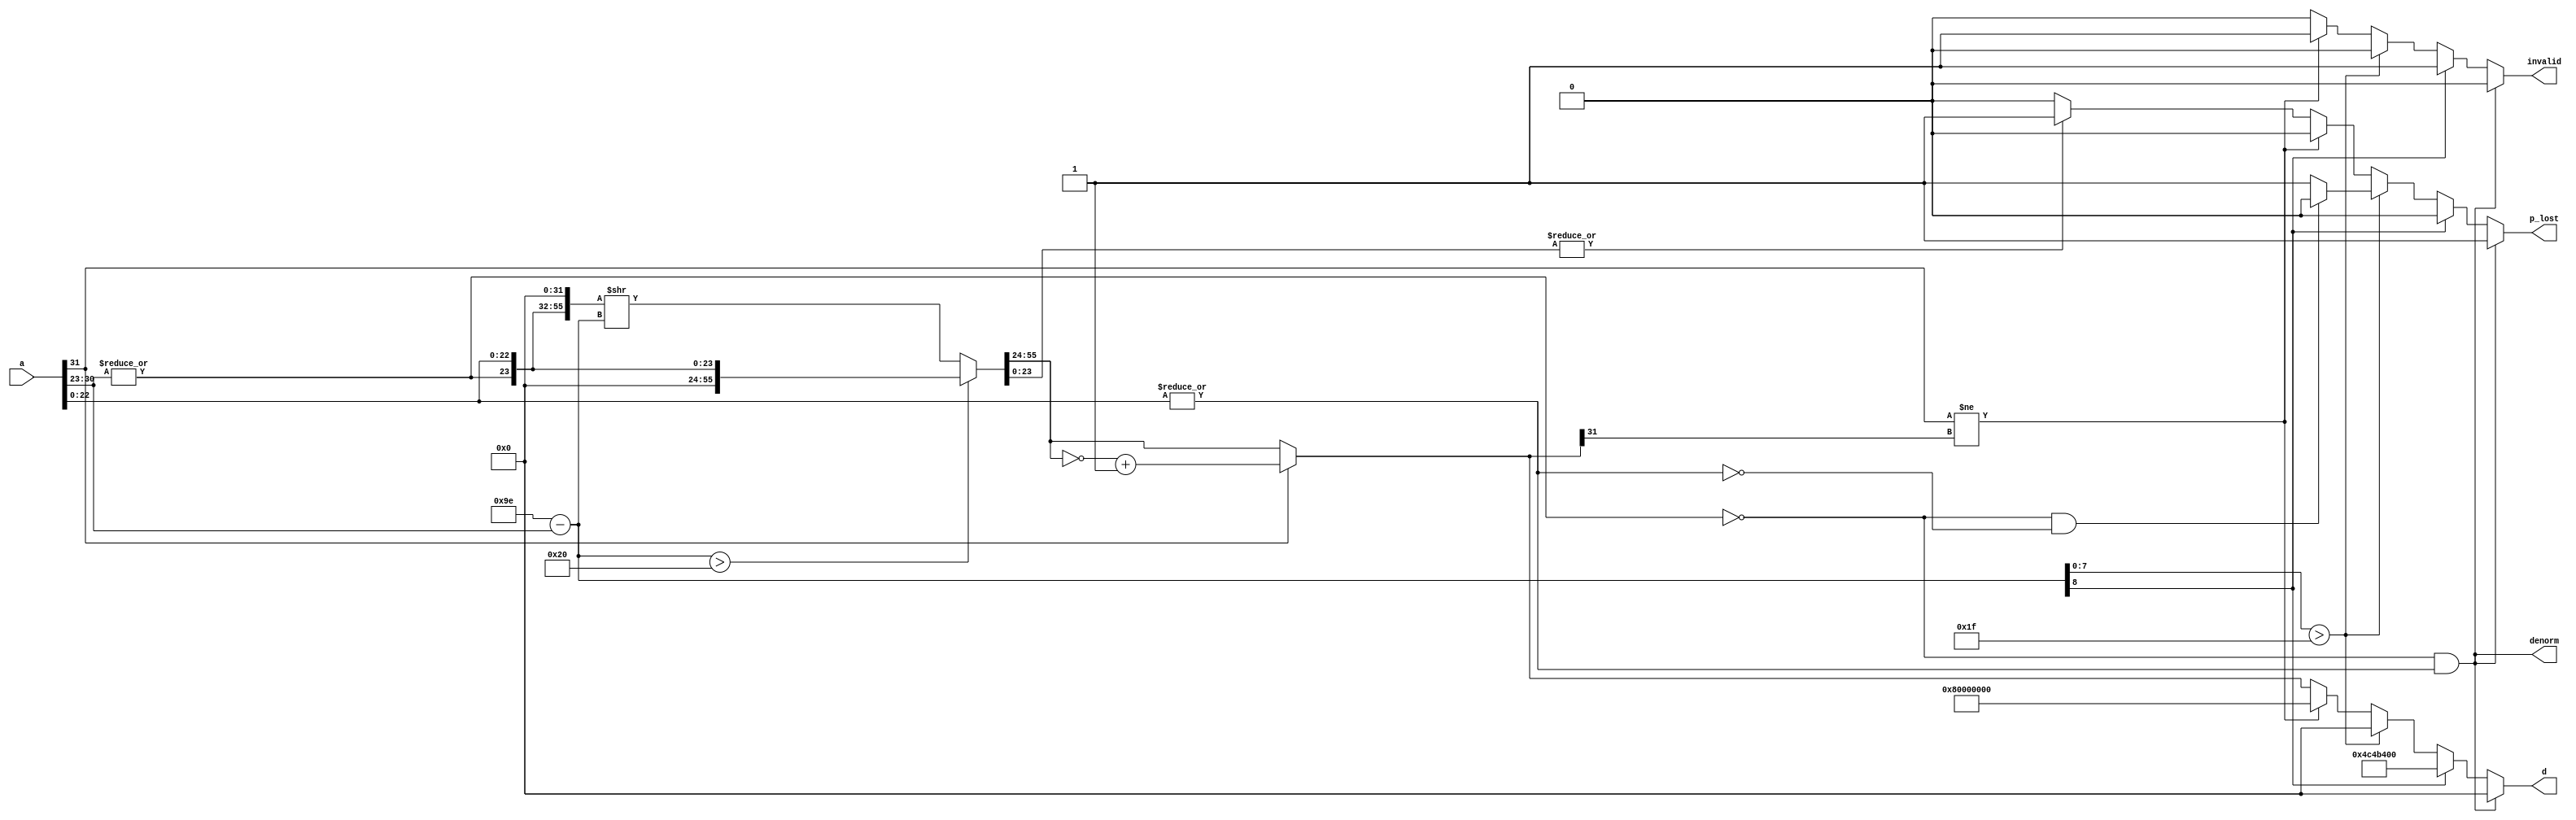
module Float_To_Int (a,d,p_lost,denorm,invalid); // convert float to integer
	input wire [31:0] a; // float
	output [31:0] d; // integer
	output p_lost; // precision lost
	output denorm; // denormalized
	output invalid; // inf,nan,out_of_range
	reg [31:0] d; // will be combinational
	reg p_lost; // will be combinational
	reg invalid; // will be combinational
	wire hidden_bit = |a[30:23]; // hidden bit
	wire frac_is_not_0 = |a[22:0];
	assign denorm =~hidden_bit & frac_is_not_0;
	wire is_zero =~hidden_bit & ~frac_is_not_0;
	wire sign = a[31]; // sign
	wire [8:0] shift_right_bits = 9'd158 - {1'b0,a[30:23]}; // 127 + 31
	wire [55:0] frac0 = {hidden_bit,a[22:0],32'h0}; // 32 +24 =56bit
	wire [55:0] f_abs = ($signed(shift_right_bits) > 9'd32 ) ? frac0 >> 6'd32 : frac0 >> shift_right_bits;
	wire lost_bits = |f_abs[23:0]; // if != 0, p_lost = 1
	wire [31:0] int32 = sign? ~f_abs[55:24] + 32'd1 : f_abs[55:24];
	always @ * begin
		if (denorm) begin //denormalized
			p_lost = 1;
			invalid = 0;
			d = 32'h00000000;
		end else begin // not denormalized
			if (shift_right_bits[8]) begin // too big
				p_lost = 0;
				invalid = 1;
				d = 32'd80000000;
			end else begin // shift right
				if (shift_right_bits[7:0] > 8'h1f) begin // too small
					if (is_zero) p_lost = 0;
					else p_lost = 1;
					invalid = 0;
					d = 32'h00000000;
				end else begin
					if (sign != int32[31]) begin // out of range
						p_lost = 0;
						invalid = 1;
						d = 32'h80000000;
					end else begin // normal case270 Computer Principles and Design in Verilog HDL
						if (lost_bits) p_lost = 1;
						else p_lost = 0;
						invalid = 0;
						d = int32;
					end
				end
			end
		end
	end
endmodule